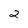
Character: 2